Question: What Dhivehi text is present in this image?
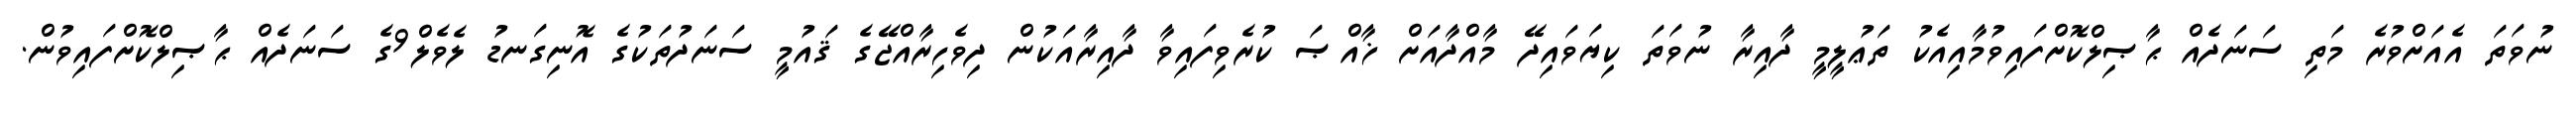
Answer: ނުވަތަ އެއަށްވުރެ މަތި ސަނަދެއް ޙާޞިލްކޮށްފައިވުމާއިއެކު ތަޢުލީމީ ދާއިރާ ނުވަތަ ކިޔަވައިދޭ މާއްދާއަށް ޚާއްޞަ ކުރެވިފައިވާ ދާއިރާއަކުން ދިވެހިރާއްޖޭގެ ޤައުމީ ސަނަދުތަކުގެ އޮނިގަނޑު ލެވެލް9ގެ ސަނަދެއް ޙާޞިލްކޮށްފައިވުން.